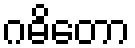
ဂဓိတော